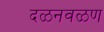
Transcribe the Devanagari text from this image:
दळनवळण